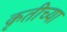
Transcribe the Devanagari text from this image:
कृतीच्या